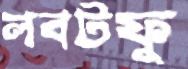
লবটফু